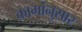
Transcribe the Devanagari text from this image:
कामांनुसार